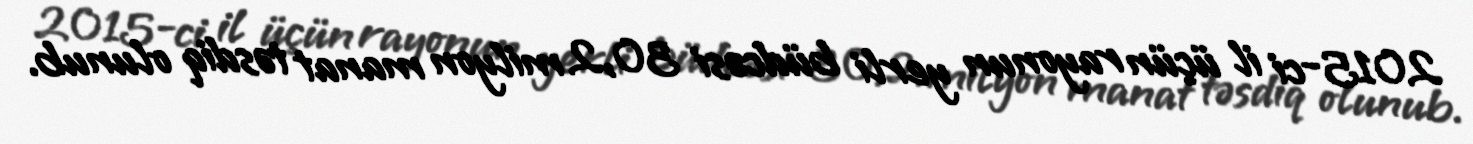
2015-ci il üçün rayonun yerli büdcəsi 30,2 milyon manat təsdiq olunub.